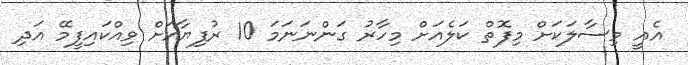
އެއީ މިސާލަކަށް މިފޮތް ކަލެއަށް މިހާރު ގަންނަނަމަ 10 ރުފިޔާއަށް ވިއްކައިފީމޭ އަދި